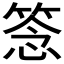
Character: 𥮘